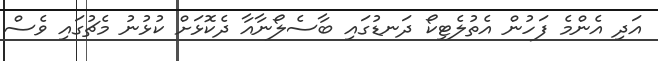
އަދި އެންމެ ފަހުން އެތުލެޓިކޯ ދަނޑުގައި ބާސެލޯނާއާ ދެކޮޅަށް ކުޅުނު މެޗުގައި ވެސް